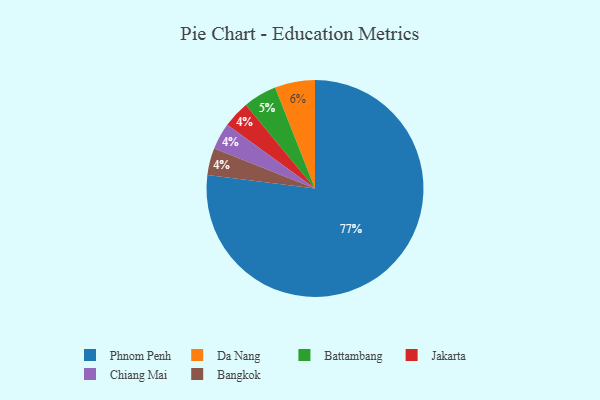
{"axis": {"x": "Category", "y": "Percentage"}, "legend": ["Bangkok", "Battambang", "Chiang Mai", "Da Nang", "Jakarta", "Phnom Penh"], "data": [{"x": "Jakarta", "y": 4, "type": "Jakarta"}, {"x": "Chiang Mai", "y": 4, "type": "Chiang Mai"}, {"x": "Battambang", "y": 5, "type": "Battambang"}, {"x": "Da Nang", "y": 6, "type": "Da Nang"}, {"x": "Phnom Penh", "y": 77, "type": "Phnom Penh"}, {"x": "Bangkok", "y": 4, "type": "Bangkok"}]}